Report of the King Institute of Preventive Medicine, Guindy
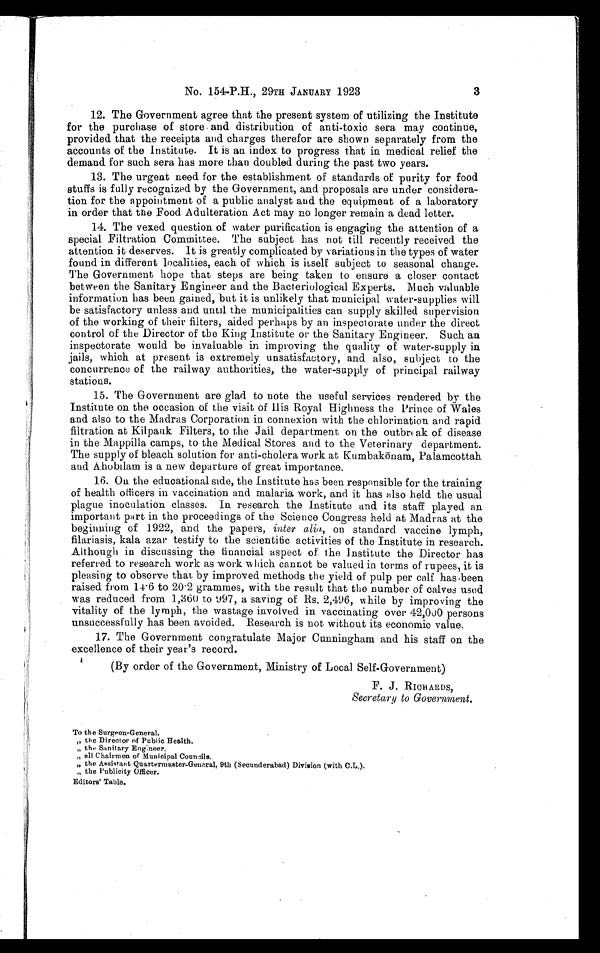
No. 154-P.H., 29TH JANUARY 1923
3
12. The Government agree that the present system of utilizing the Institute
for the purchase of store and distribution of anti-toxic sera may continue,
provided that the receipts and charges therefor are shown separately from the
accounts of the Institute. It is an index to progress that in medical relief the
demand for such sera has more than doubled during the past two years.
13. The urgent need for the establishment of standards of purity for food
stuffs is fully recognized by the Government, and proposals are under considera-
tion for the appointment of a public analyst and the equipment of a laboratory
in order that the Food Adulteration Act may no longer remain a dead letter.
14. The vexed question of water purification is engaging the attention of a
special Filtration Committee. The subject has not till recently received the
attention it deserves. It is greatly complicated by variations in the types of water
found in different localities, each of which is itself subject to seasonal change.
The Government hope that steps are being taken to ensure a closer contact
between the Sanitary Engineer and the Bacteriological Experts. Much valuable
information has been gained, but it is unlikely that municipal water-supplies will
be satisfactory unless and until the municipalities can supply skilled supervision
of the working of their filters, aided perhaps by an inspectorate under the direct
control of the Director of the King Institute or the Sanitary Engineer. Such an
inspectorate would be invaluable in improving the quality of water-supply in
jails, which at present is extremely unsatisfactory, and also, subject to the
concurrence of the railway authorities, the water-supply of principal railway
stations.
15. The Government are glad to note the useful services rendered by the
Institute on the occasion of the visit of His Royal Highness the Prince of Wales
and also to the Madras Corporation in connexion with the chlorination and rapid
filtration at Kilpauk Filters, to the Jail department on the outbreak of disease
in the Mappilla camps, to the Medical Stores and to the Veterinary department.
The supply of bleach solution for anti-cholera work at Kumbakōnam, Palamcottah
and Ahobilam is a new departure of great importance.
16. On the educational side, the Institute has been responsible for the training
of health officers in vaccination and malaria work, and it has also held the usual
plague inoculation classes. In research the Institute and its staff played an
important part in the proceedings of the Science Congress held at Madras at the
beginning of 1922, and the papers, inter alia, on standard vaccine lymph,
filariasis, kala azar testify to the scientific activities of the Institute in research.
Although in discussing the financial aspect of the Institute the Director has
referred to research work as work which cannot be valued in terms of rupees, it is
pleasing to observe that by improved methods the yield of pulp per calf has been
raised from 14.6 to 20.2 grammes, with the result that the number of calves used
was reduced from 1,360 to 997, a saving of Rs. 2,496, while by improving the
vitality of the lymph, the wastage involved in vaccinating over 42,000 persons
unsuccessfully has been avoided. Research is not without its economic value.
17. The Government congratulate Major Cunningham and his staff on the
excellence of their year's record.
(By order of the Government, Ministry of Local Self-Government)
F. J. RICHARDS,
Secretary to Government.
To the Surgeon-General.
„ the Director of Public Health.
„ the Sanitary Engineer.
„ all Chairmen of Municipal Councils.
„ the Assistant Quartermaster-General, 9th (Secunderabad) Division (with C.L.).
„ the Publicity Officer.
Editors' Table.